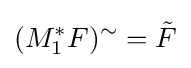
(M_{1}^{*}F)^{\sim }={\tilde {F}}